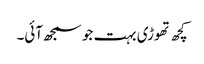
کچھ تھوڑی بہت جو سمجھ آئی۔